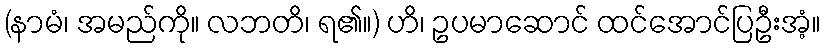
(နာမံ၊ အမည်ကို။ လဘတိ၊ ရ၏။) ဟိ၊ ဥပမာဆောင် ထင်အောင်ပြဦးအံ့။